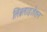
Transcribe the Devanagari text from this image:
लिब्रलाइज़ेशन